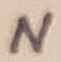
Text: N